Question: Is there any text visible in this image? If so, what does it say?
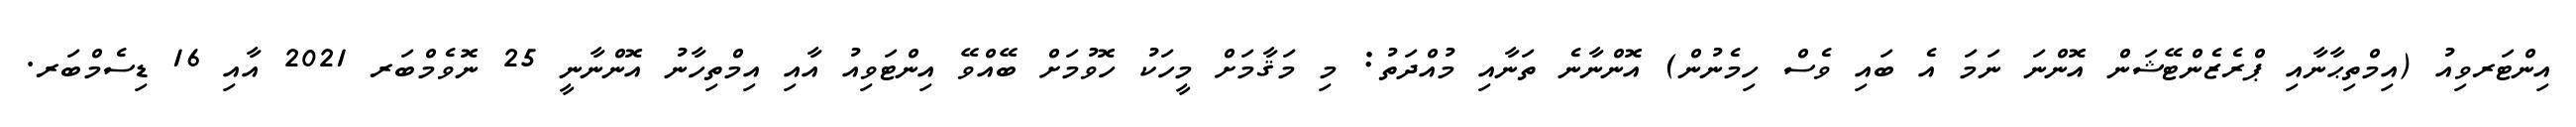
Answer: އިންޓަރވިއު (އިމްތިޙާނާއި ޕްރެޒެންޓޭޝަން އޮންނަ ނަމަ އެ ބައި ވެސް ހިމެނުން) އޮންނާނެ ތަނާއި މުއްދަތު: މި މަޤާމަށް މީހަކު ހޮވުމަށް ބޭއްވޭ އިންޓަވިއު އާއި އިމްތިހާނު އޮންނާނީ 25 ނޮވެމްބަރ 2021 އާއި 16 ޑިސެމްބަރ.